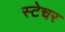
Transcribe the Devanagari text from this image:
स्टेचर